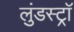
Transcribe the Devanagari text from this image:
लुंडस्ट्राॅ